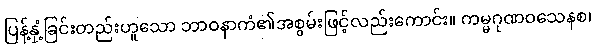
ပြန့်နှံ့ခြင်းတည်းဟူသော ဘာဝနာကံ၏အစွမ်းဖြင့်လည်းကောင်း။ ကမ္မဂုဏဝသေနစ၊